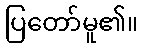
ပြတော်မူ၏။